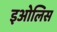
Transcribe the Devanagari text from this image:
इओलिस